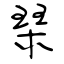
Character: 琹